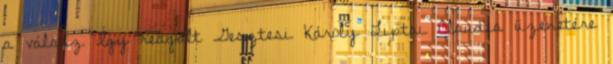
a válasz Így reagált Gesztesi Károly Liptai Claudia üzenetére